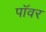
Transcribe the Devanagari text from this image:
पाॅवर